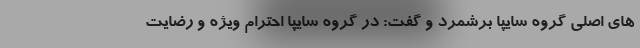
های اصلی گروه سایپا برشمرد و گفت: در گروه سایپا احترام ویژه و رضایت